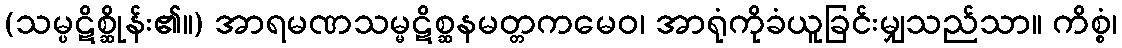
(သမ္ပဋိစ္ဆိုန်း၏။) အာရမဏသမ္မဋိစ္ဆနမတ္တကမေဝ၊ အာရုံကိုခံယူခြင်းမျှသည်သာ။ ကိစ္စံ၊